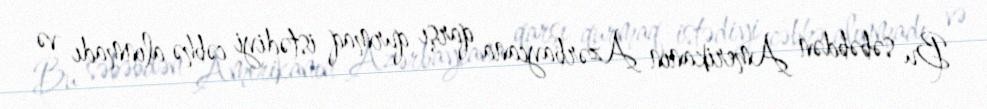
Bu səbəbdən Amerikanın Azərbaycana qarşı qurmaq istədiyi cəbhə alınmadı və